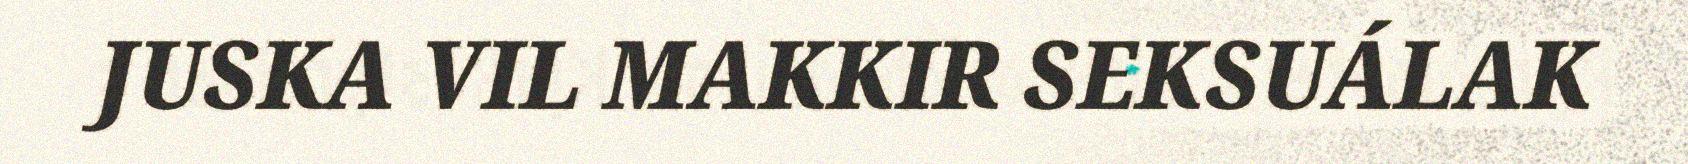
JUSKA VIL MAKKIR SEKSUÁLAK